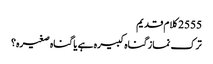
2555 کلام قدیم
ترک نماز گناہ کبیرہ ہے یا گناہ صغیرہ؟